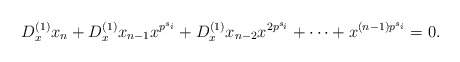
\begin{align*}D_x^{(1)}x_n+D_x^{(1)}x_{n-1}x^{p^{s_i}}+D_x^{(1)}x_{n-2}x^{2p^{s_i}}+\cdots+x^{(n-1)p^{s_i}}=0.\end{align*}